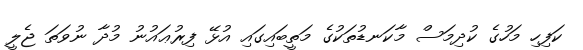
ކަފިހި މަހުގެ ކުދިމަސް މާކަނޑުތަކުގެ މަތީބައިގައި އުޅޭ ފިރުޢައުނު މުދާ ނުވަތަ ޖެލީ